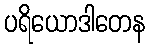
ပရိယောဒါတေန